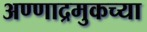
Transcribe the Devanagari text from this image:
अण्णाद्रमुकच्या